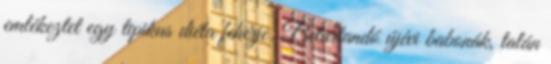
emlékeztet egy tipikus diéta fehérje. Betartandó újévi babonák, talán